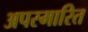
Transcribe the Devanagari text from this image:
अपस्मारित